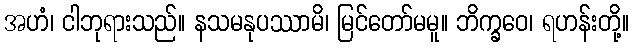
အဟံ၊ ငါဘုရားသည်။ နသမနုပဿာမိ၊ မြင်တော်မမူ။ ဘိက္ခဝေ၊ ရဟန်းတို့။